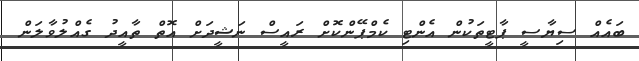
ބައެއް ސިޔާސީ ޕާޓީތަކުން އެންޓި ކެމްޕޭންކޮށް ރައީސް ނަޝީދަށް އޮތް ތާއީދު ގެއްލުވާލަން